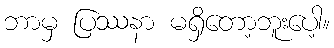
ဘာမှ ပြဿနာ မရှိတော့ဘူးပေါ့။